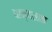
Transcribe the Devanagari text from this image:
धान्यसाठा